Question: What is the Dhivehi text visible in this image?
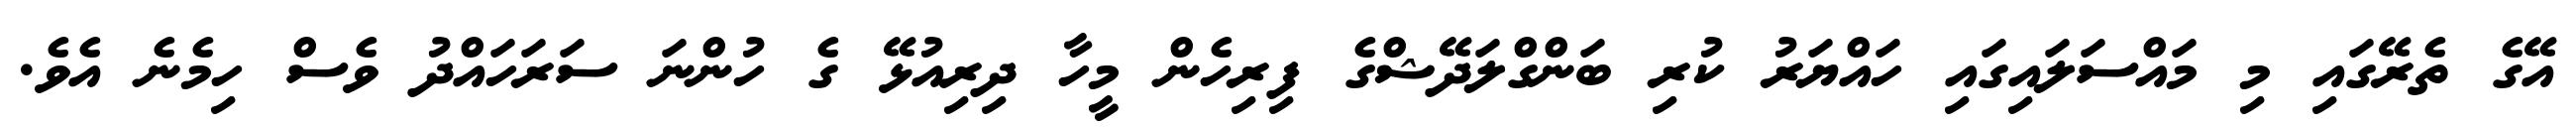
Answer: އޭގެ ތެރޭގައި މި މައްސަލައިގައި ހައްޔަރު ކުރި ބަންގްލަދޭޝްގެ ފިރިހެން މީހާ ދިރިއުޅޭ ގެ ހުންނަ ސަރަހައްދު ވެސް ހިމެނެ އެވެ.